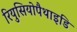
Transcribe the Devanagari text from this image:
रियुसियोपैथाइडि